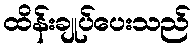
ထိန်းချုပ်ပေးသည်